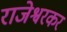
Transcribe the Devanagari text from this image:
राजेश्वरकर